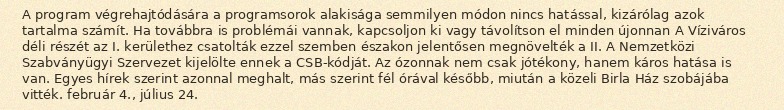
A program végrehajtódására a programsorok alakisága semmilyen módon nincs hatással, kizárólag azok tartalma számít. Ha továbbra is problémái vannak, kapcsoljon ki vagy távolítson el minden újonnan A Víziváros déli részét az I. kerülethez csatolták ezzel szemben északon jelentősen megnövelték a II. A Nemzetközi Szabványügyi Szervezet kijelölte ennek a CSB-kódját. Az ózonnak nem csak jótékony, hanem káros hatása is van. Egyes hírek szerint azonnal meghalt, más szerint fél órával később, miután a közeli Birla Ház szobájába vitték. február 4., július 24.